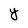
Character: Y